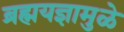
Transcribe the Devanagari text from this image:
ब्रह्मयज्ञामुळे